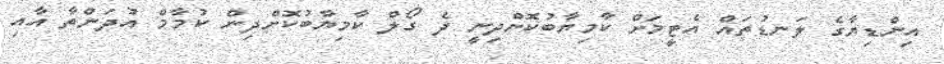
އިންޑިޔާގެ ލަނޑުތައް އެޓީމަށް ކާމިޔާބުކޮށްދިނީ ދެ ގޯލް ކާމިޔާބުކޮށްދިން ކުމާމް އުދަންތާ އާއި